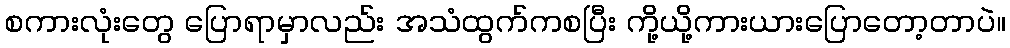
စကားလုံးတွေ ပြောရာမှာလည်း အသံထွက်ကစပြီး ကို့ယို့ကားယားပြောတော့တာပဲ။